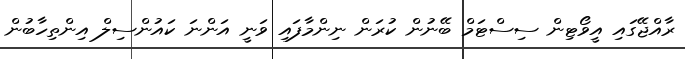
ރާއްޖޭގައި އީވޯޓިން ސިސްޓަމް ބޭނުން ކުރަން ނިންމާފައި ވަނީ އަންނަ ކައުންސިލް އިންތިހާބުން